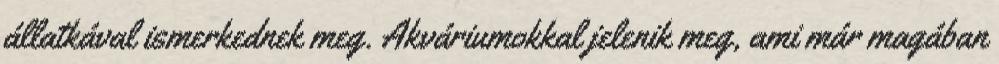
állatkával ismerkednek meg. Akváriumokkal jelenik meg, ami már magában